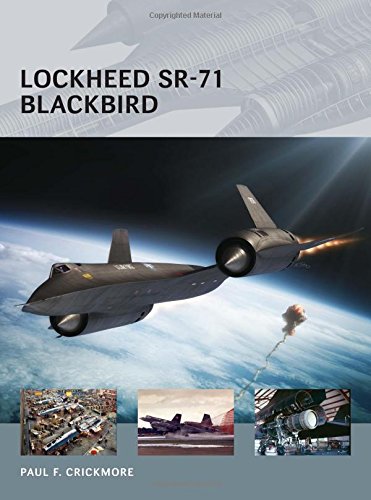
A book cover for Lockheed SR-71 Blackbird (Air Vanguard); Paul Crickmore; History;